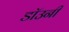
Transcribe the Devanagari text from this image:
डाॅउनी